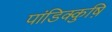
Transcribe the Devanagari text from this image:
पांडिक्कुष़ि